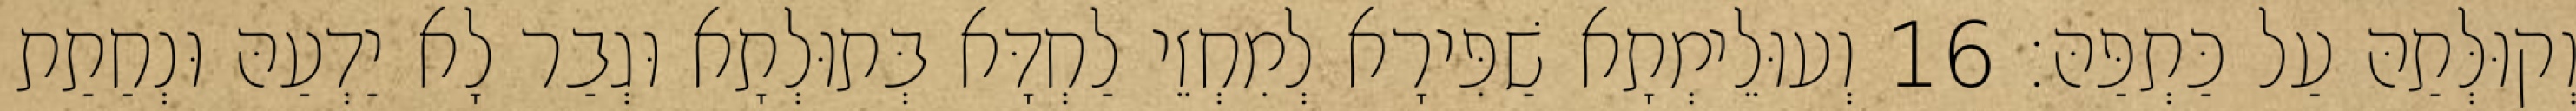
וְקוּלְּתַהּ עַל כַּתְפַּהּ׃ 16 וְעוּלֵימְתָא שַׁפִּירָא לְמִחְזֵי לַחְדָּא בְּתוּלְתָא וּגְבַר לָא יַדְעַהּ וּנְחַתַת